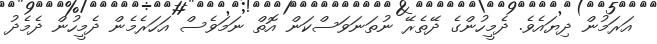
އަރަމުން ދިޔައެވެ. ދެމީހުންގެ ދޭތެރޭ ނުތަނަވަސްކަން އޮތް ނަމަވެސް އަހަރެމެން ދެމީހުން ދެމެދު